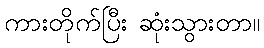
ကားတိုက်ပြီး ဆုံးသွားတာ။